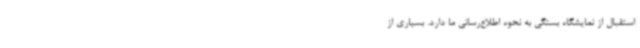
استقبال از نمایشگاه بستگی به نحوه اطلاع‌رسانی ما دارد. بسیاری از